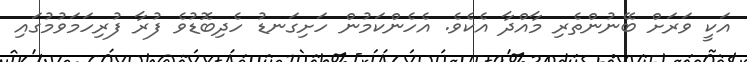
އަކީ ވަރަށް ބޭނުންތެރި މާއްދާ އެކެވެ. އެހެންކަމުން ހަށިގަނޑު ހެދިބޮޑުވެ ފުރާ ފުރިހަމަވުމުގައި